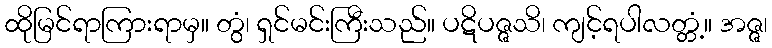
ထိုမြင်ရာကြားရာမှ။ တွံ၊ ရှင်မင်းကြီးသည်။ ပဋိပဇ္ဇသိ၊ ကျင့်ရပါလတ္တံ့။ အဇ္ဇ၊